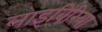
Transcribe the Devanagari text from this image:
लाइबिरिया